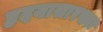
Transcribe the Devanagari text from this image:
हृदयासारख्या